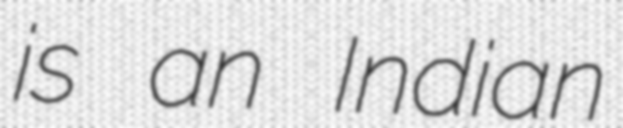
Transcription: is an Indian